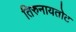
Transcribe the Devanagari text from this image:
तिरुनायतोट